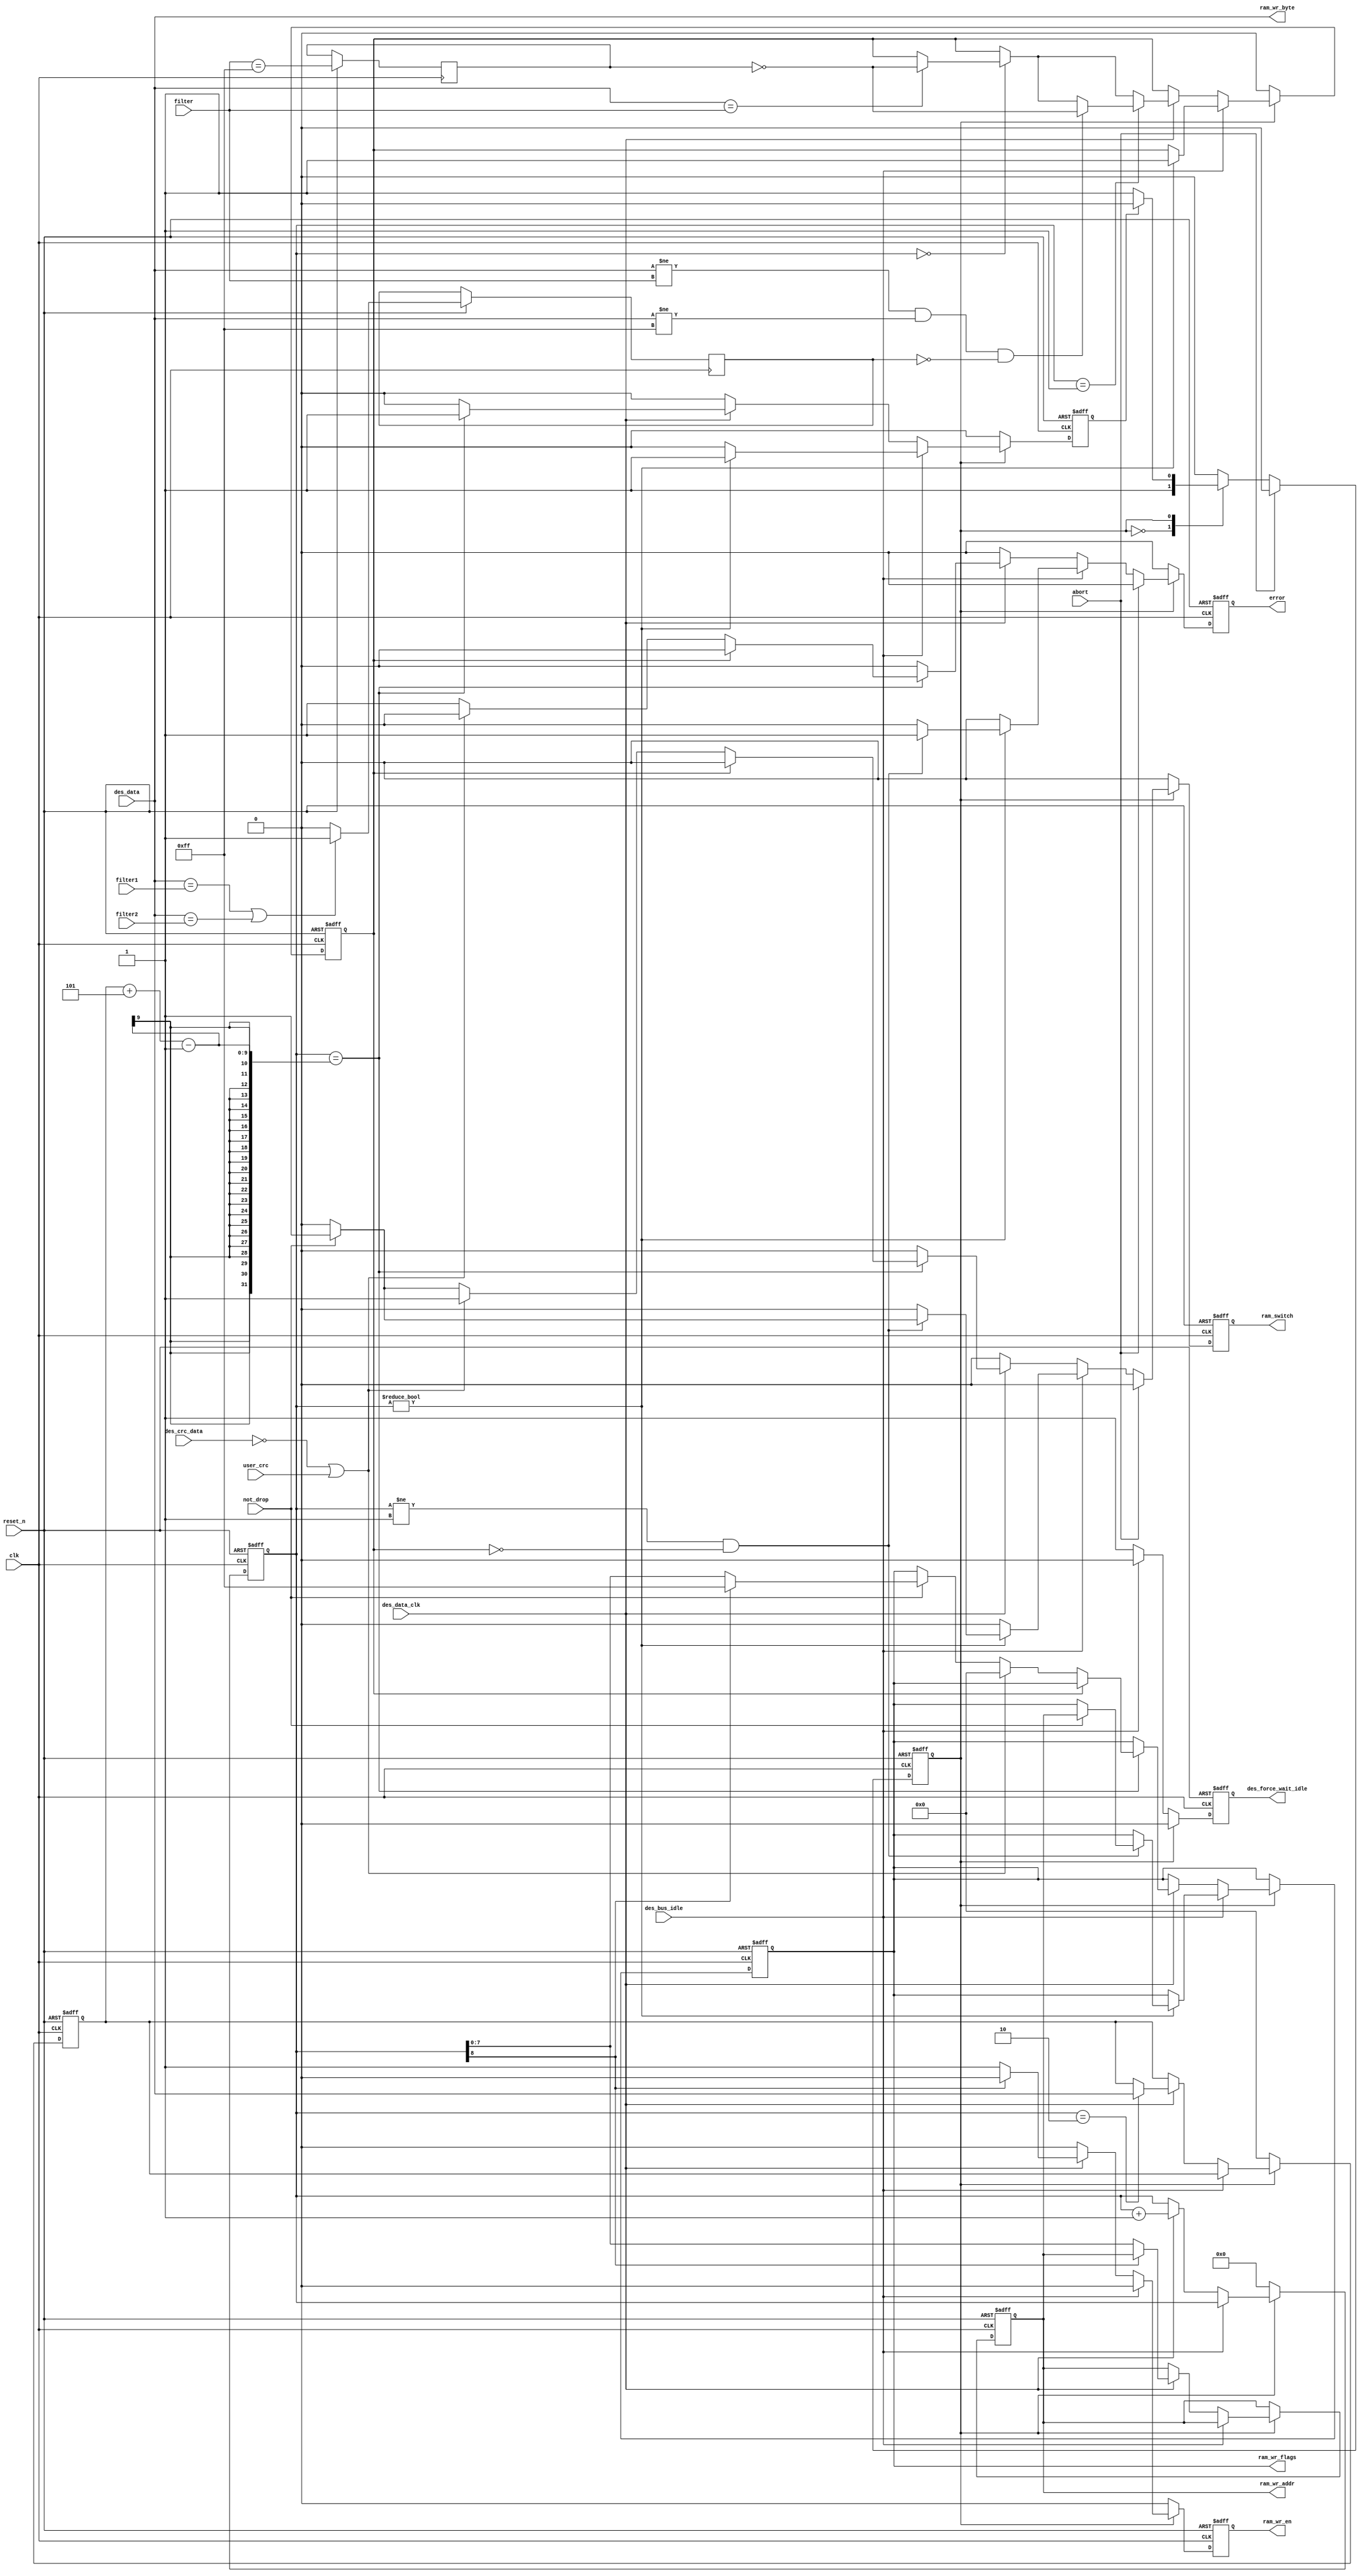
/*
 * This Source Code Form is subject to the terms of the Mozilla
 * Public License, v. 2.0. If a copy of the MPL was not distributed
 * with this file, You can obtain one at https://mozilla.org/MPL/2.0/.
 * Notice: The scope granted to MPL excludes the ASIC industry.
 *
 * Copyright (c) 2017 DUKELEC, All rights reserved.
 *
 */

module cd_rx_bytes(
        input               clk,
        input               reset_n,

        // cd_csr
        input       [7:0]   filter,
        input       [7:0]   filter1,
        input       [7:0]   filter2,
        input               user_crc,
        input               not_drop,
        input               abort,
        output reg          error, // frame incomplete or crc error

        // rx_des
        input               des_bus_idle,
        input       [7:0]   des_data,
        input       [15:0]  des_crc_data,
        input               des_data_clk,
        output reg          des_force_wait_idle,

        // pp_ram
        output wire [7:0]   ram_wr_byte,
        output reg  [7:0]   ram_wr_addr,
        output reg          ram_wr_en,
        output reg  [7:0]   ram_wr_flags,
        output reg          ram_switch
    );

assign ram_wr_byte = des_data;

reg state;
localparam
    INIT    = 1'b0,
    DATA    = 1'b1;

reg [8:0] byte_cnt;
reg [7:0] data_len; // backup 3rd byte
reg drop_flag;
reg finish;
reg is_promiscuous;
reg is_multicast;


// FSM

always @(posedge clk or negedge reset_n)
    if (!reset_n) begin
        state <= INIT;
        des_force_wait_idle <= 0;
    end
    else begin
        des_force_wait_idle <= 0;

        case (state)
            INIT: begin
                if (!des_bus_idle)
                    des_force_wait_idle <= 1;
                state <= DATA;
            end

            DATA: begin
                if (finish)
                    state <= INIT;
            end

            default: state <= INIT;
        endcase

        if (abort)
            state <= INIT;
    end


always @(posedge clk or negedge reset_n)
    if (!reset_n) begin
        error <= 0;

        ram_wr_addr <= 0;
        ram_wr_en <= 0;
        ram_wr_flags <= 0;
        ram_switch <= 0;

        byte_cnt <= 0;
        data_len <= 0;

        drop_flag <= 0;
        finish <= 0;
    end
    else begin
        error <= 0;
        ram_wr_en <= 0;
        ram_switch <= 0;
        finish <= 0;
        is_promiscuous <= (filter == 8'hff);

        if (des_data == filter1 || des_data == filter2)
            is_multicast <= 1;
        else
            is_multicast <= 0;

        if (state == INIT) begin
            byte_cnt <= 0;
            data_len <= 0;
            drop_flag <= 0;
        end
        else begin

            if (des_bus_idle) begin
                if (byte_cnt != 0) begin
                    if (byte_cnt != 1 && !drop_flag) begin
                        error <= 1;
                        if (not_drop) begin
                            ram_wr_flags <= ram_wr_addr;
                            ram_switch <= 1;
                        end
                    end
                    finish <= 1;
                    drop_flag <= 1; // avoid multi-clock ram_switch signal
                end
            end

            // frame format: src_addr, dst_addr, data_len, [data], crc_l, crc_h
            else if (des_data_clk == 1) begin

                if (!byte_cnt[8]) begin
                    ram_wr_addr <= byte_cnt[7:0];
                    ram_wr_en <= 1;
                end

                if (byte_cnt == 0) begin
                    if (des_data == filter)
                        drop_flag <= ~is_promiscuous;
                end

                if (byte_cnt == 1) begin
                    if (des_data != filter && des_data != 8'hff && !is_multicast)
                        drop_flag <= ~is_promiscuous;
                end

                if (byte_cnt == 2) begin
                    data_len <= des_data;
                end

                if (byte_cnt == data_len + 5 - 1) begin // last byte
                    if (!drop_flag) begin
                        if (des_crc_data == 0 || user_crc) begin
                            ram_wr_flags <= 0; // 0: no error; else: rx length
                            ram_switch <= 1;
                        end
                        else begin
                            error <= 1;
                            if (not_drop) begin
                                ram_wr_flags <= byte_cnt[8] ? 8'hff : byte_cnt[7:0];
                                ram_switch <= 1;
                            end
                        end
                    end

                    finish <= 1;
                end

                byte_cnt <= byte_cnt + 1'd1;
            end

            if (abort) begin
                error <= 0;
                ram_switch <= 0;
            end
        end
    end

endmodule